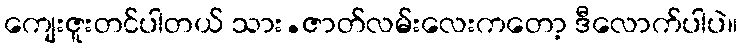
ကျေးဇူးတင်ပါတယ် သား.ဇာတ်လမ်းလေးကတော့ ဒီလောက်ပါပဲ။